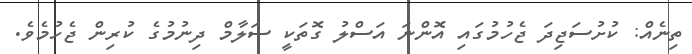
ތިނެއް: ކުށުސަޖިދަ ޖެހުމުގައި އޮންނަ އަސްލު ގޮތަކީ ސަލާމް ދިނުމުގެ ކުރިން ޖެހުމެވެ.